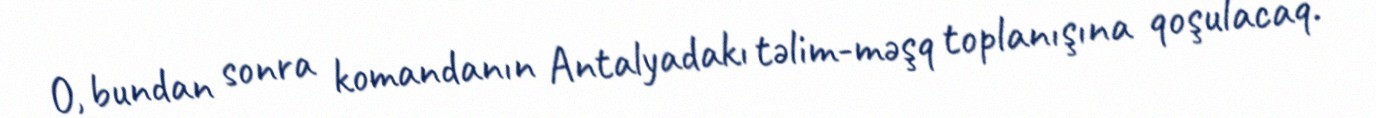
O, bundan sonra komandanın Antalyadakı təlim-məşq toplanışına qoşulacaq.